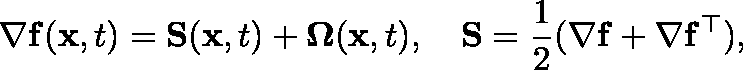
\nabla \mathbf { f } ( \mathbf { x } , t ) = \mathbf { S } ( \mathbf { x } , t ) + \mathbf { \Omega } ( \mathbf { x } , t ) , \quad \mathbf { S } = \frac { 1 } { 2 } ( \nabla \mathbf { f } + \nabla \mathbf { f } ^ { \top } ) ,